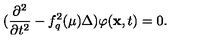
( \frac { \partial ^ { 2 } } { \partial t ^ { 2 } } - f _ { q } ^ { 2 } ( \mu ) \Delta ) \varphi ( \mathrm { \bf x } , t ) = 0 .